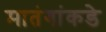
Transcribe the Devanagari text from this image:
मातंगांकडे